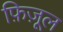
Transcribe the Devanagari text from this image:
फ़िज़ूल